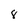
Character: 8